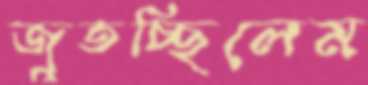
জুতচ্ছিলেম